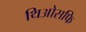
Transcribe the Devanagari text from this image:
थिओसफि